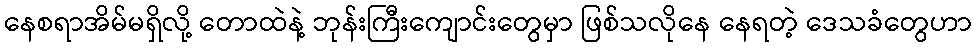
နေစရာအိမ်မရှိလို့ တောထဲနဲ့ ဘုန်းကြီးကျောင်းတွေမှာ ဖြစ်သလိုနေ နေရတဲ့ ဒေသခံတွေဟာ